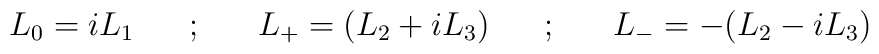
L_0 = iL_1 ~~~~~;~~~~~ L_+ = (L_2 + i L_3) ~~~~~;~~~~~ L_- = -(L_2 - iL_3)